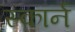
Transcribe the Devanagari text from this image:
स्कार्न